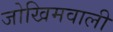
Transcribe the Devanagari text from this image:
जोखिमवाली